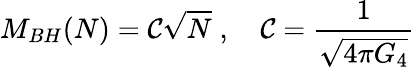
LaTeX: M_{BH}(N)={\cal C}\sqrt{N}\; ,\quad{\cal C}=\frac{1}{\sqrt{4\pi G_{4}}}